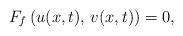
LaTeX: \begin{align*}F_{f}\left(u(x,t),\,v(x,t)\right)=0,\end{align*}